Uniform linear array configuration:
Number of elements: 64
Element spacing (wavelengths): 0.25
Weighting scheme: kaiser
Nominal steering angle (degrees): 45
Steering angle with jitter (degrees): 43.971
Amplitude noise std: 0.05
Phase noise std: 0.05

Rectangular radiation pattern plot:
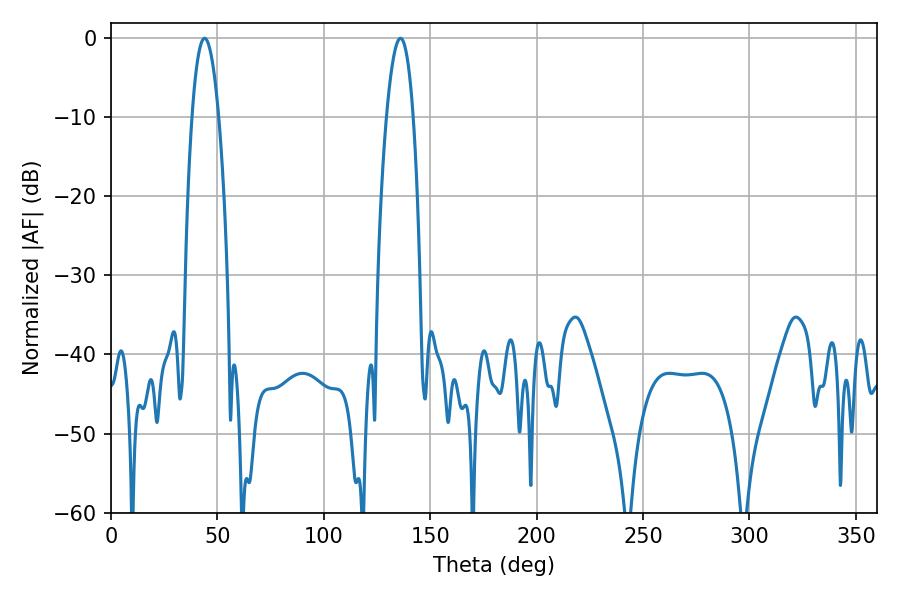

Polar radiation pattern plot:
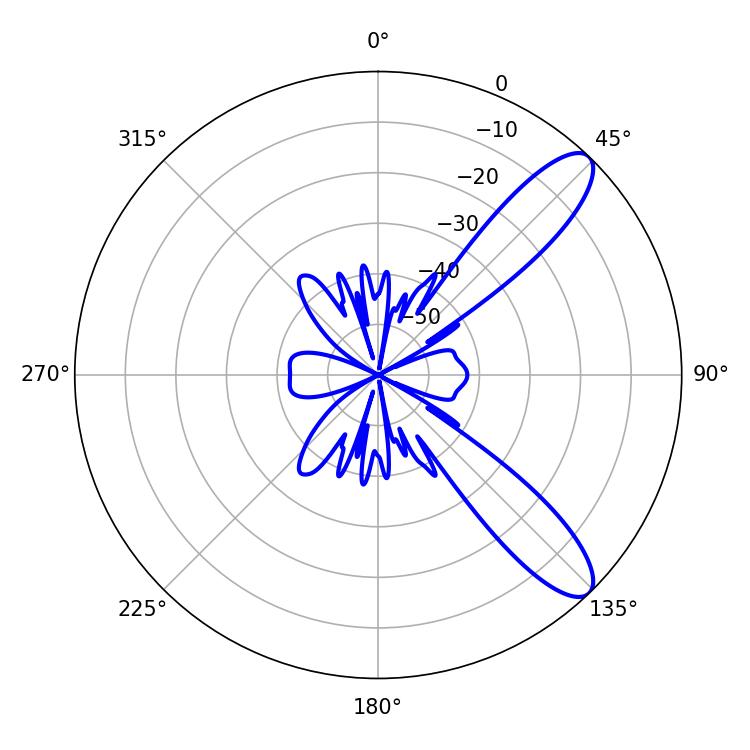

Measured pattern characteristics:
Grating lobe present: FALSE
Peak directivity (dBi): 10.432
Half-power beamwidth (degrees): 6.84
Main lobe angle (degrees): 136.08